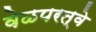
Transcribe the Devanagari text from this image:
वेळपरत्वे